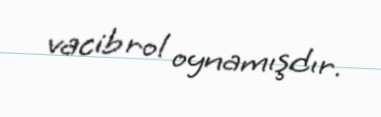
vacib rol oynamışdır.